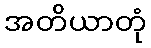
အတိယာတုံ